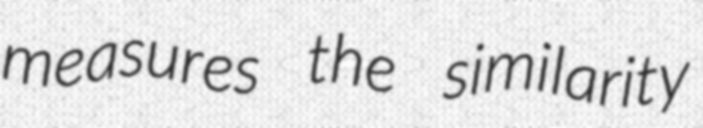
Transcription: measures the similarity